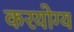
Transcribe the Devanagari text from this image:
करयोग्य